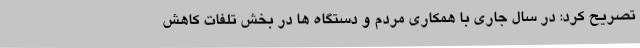
تصریح کرد: در سال جاری با همکاری مردم و دستگاه ها در بخش تلفات کاهش